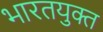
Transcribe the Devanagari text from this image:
भारतयुक्त